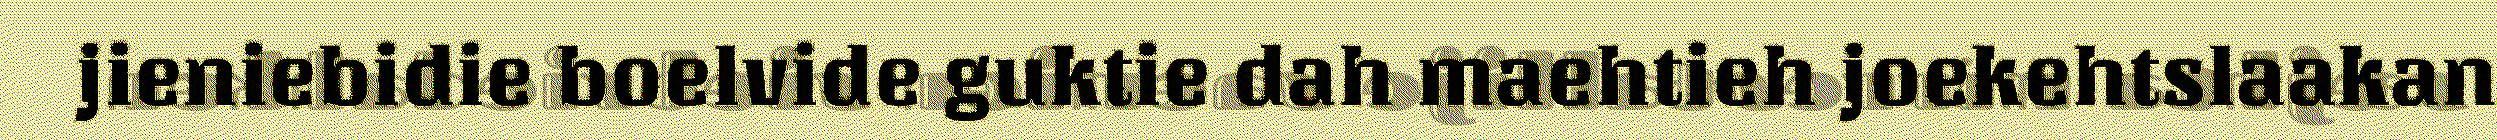
jieniebidie boelvide guktie dah maehtieh joekehtslaakan